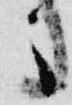
々